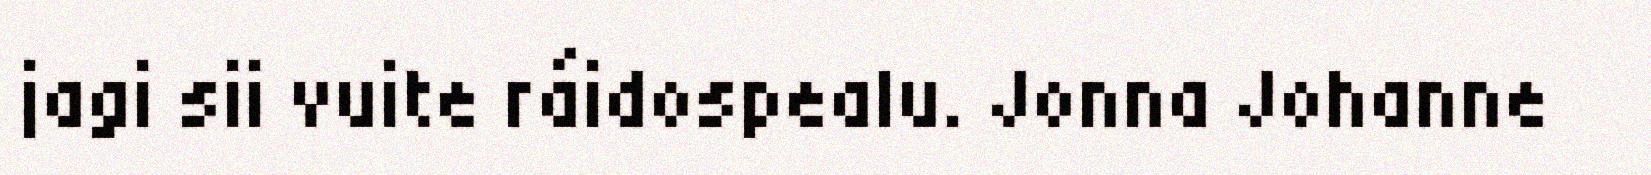
jagi sii vuite ráidospealu. Jonna Johanne